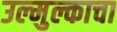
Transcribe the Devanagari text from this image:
उल्मुल्काचा